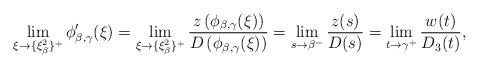
LaTeX: \begin{align*}\lim_{\xi \to \{\xi_\beta^2\}^+}\phi_{\beta,\gamma}'(\xi)=\lim_{\xi \to \{\xi_\beta^2\}^+}\frac{z\left(\phi_{\beta,\gamma}(\xi)\right)}{D\left(\phi_{\beta,\gamma}(\xi)\right)}=\lim_{s\to \beta^-}\frac{z(s)}{D(s)}=\lim_{t\to \gamma^+}\frac{w(t)}{D_3(t)},\end{align*}